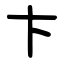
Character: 卞